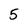
Character: 5